255_413270_UFO's_and_Defense_What_Should_we_Prepare_For
Agency: NASA
Page 13
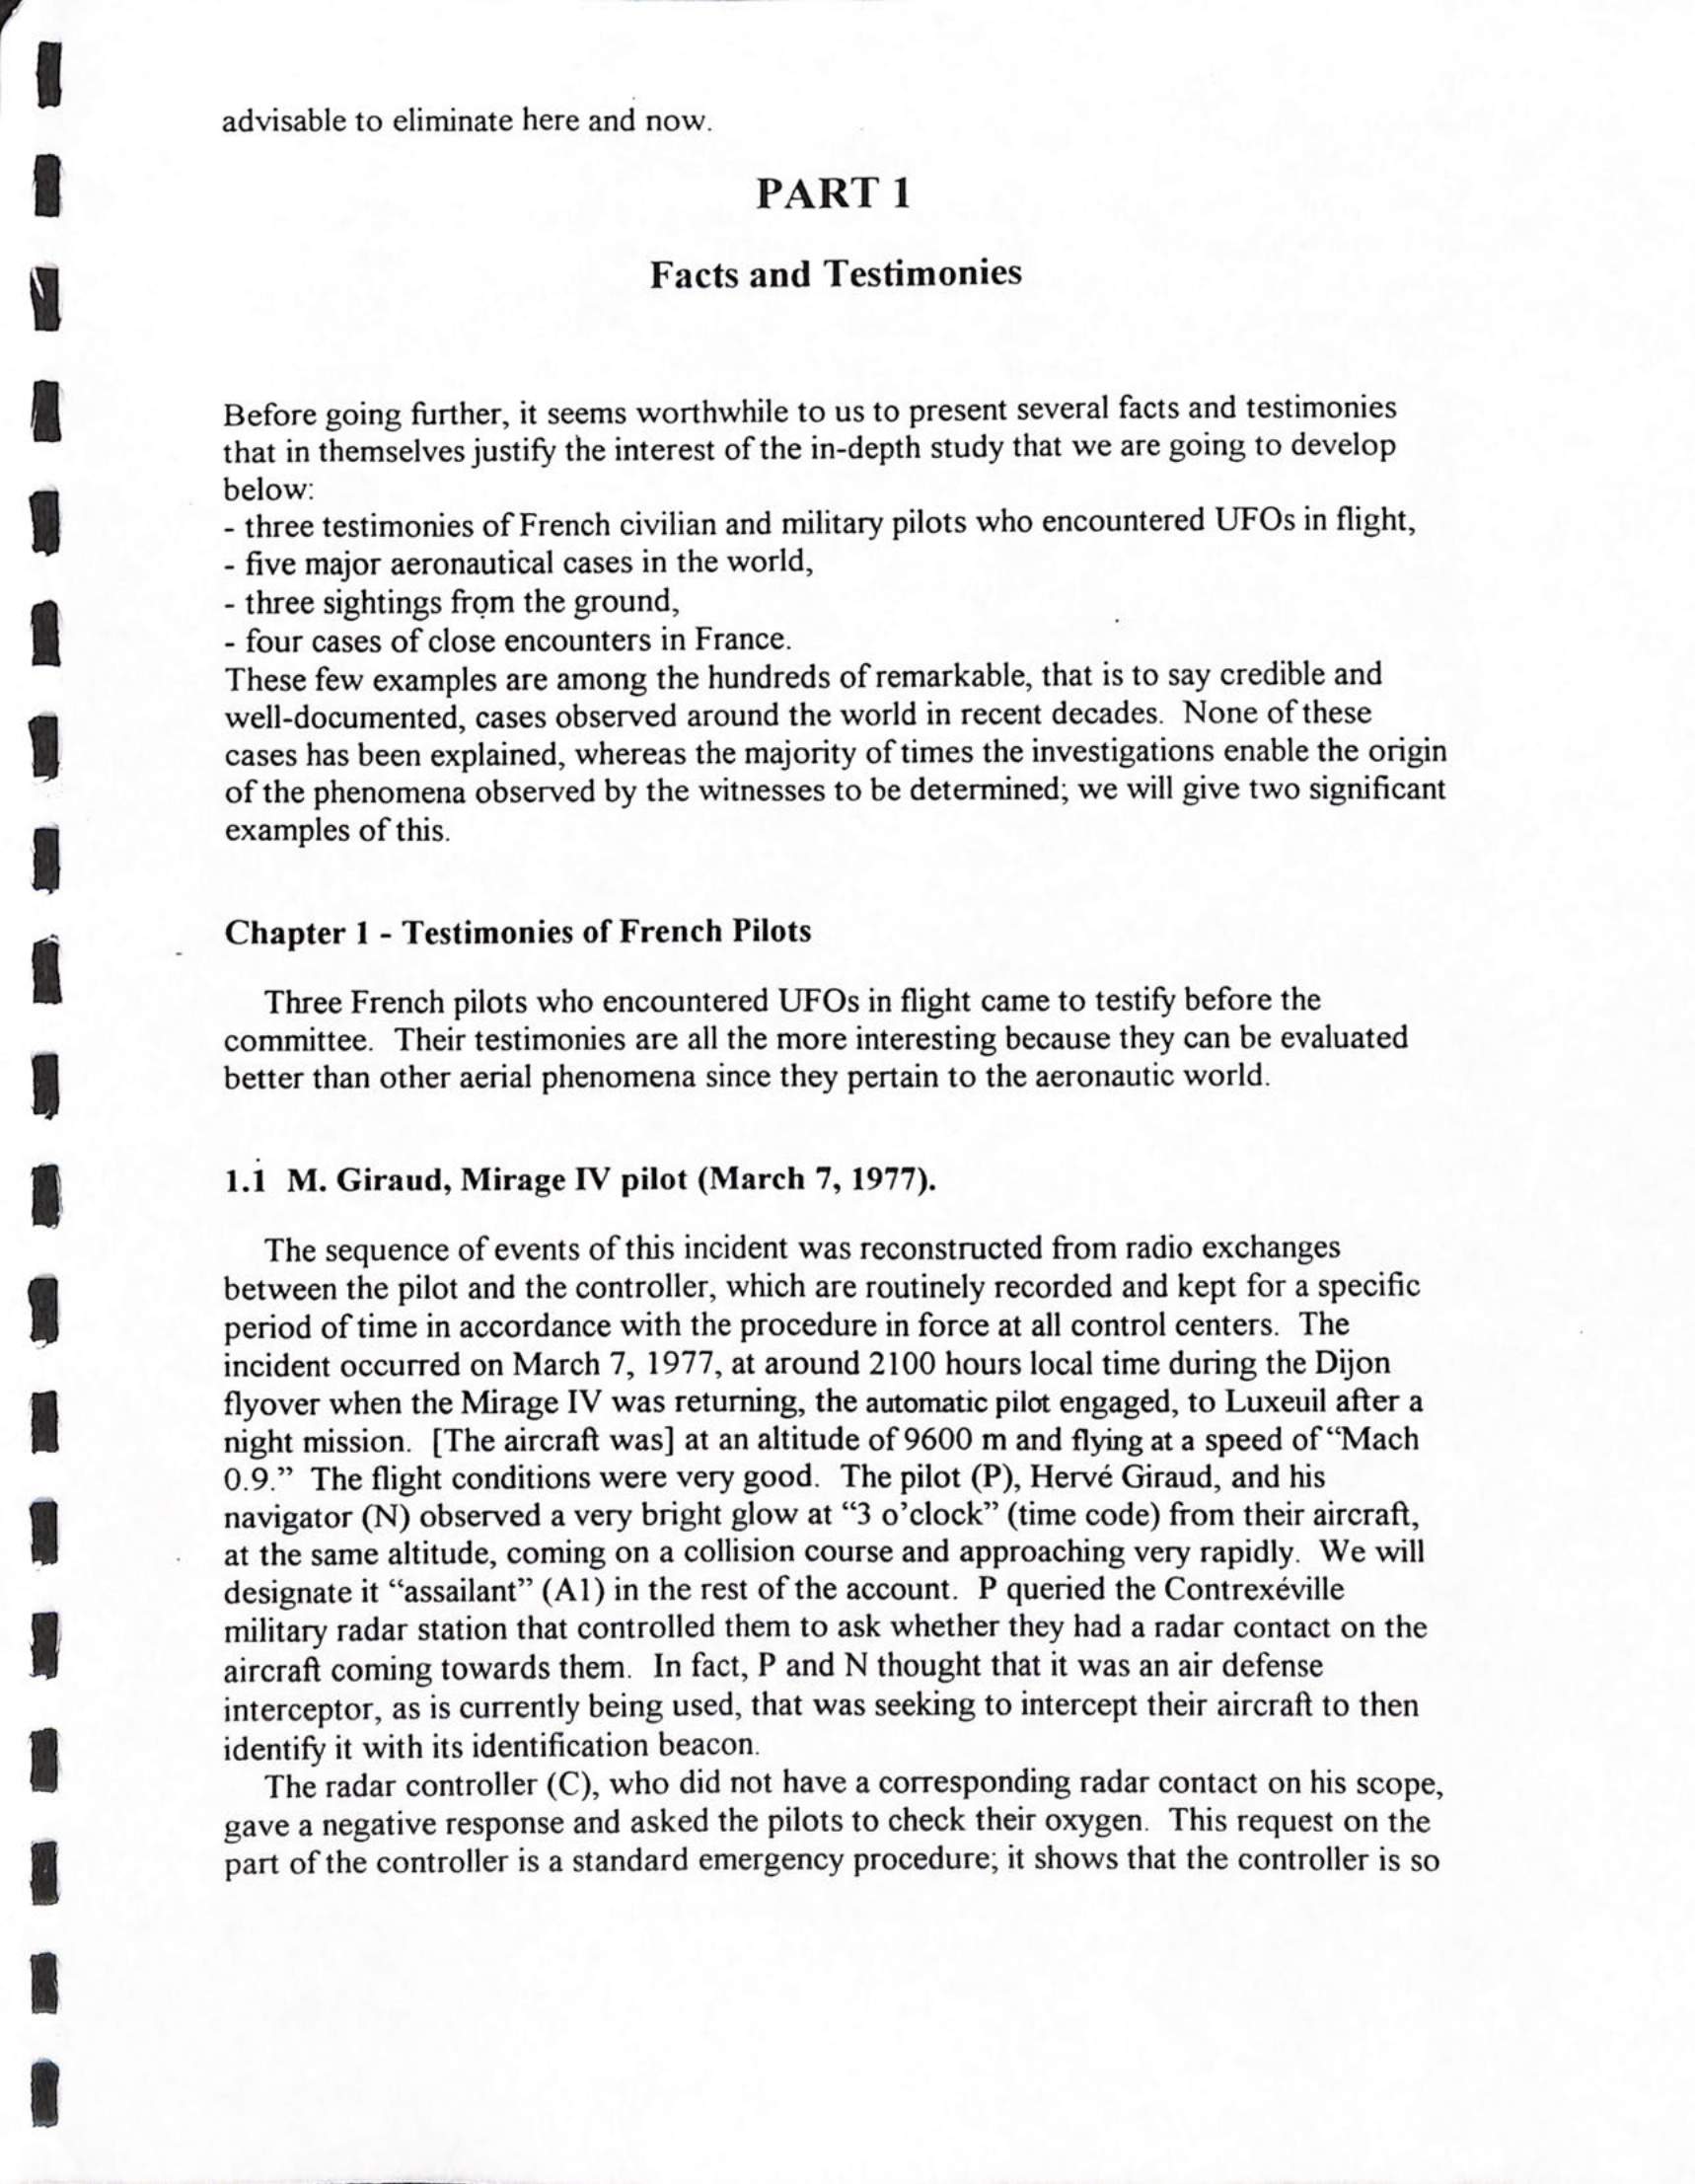